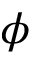
\phi